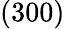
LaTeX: (300)